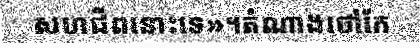
សហជីពនោះទេ»។តំណាងថៅកែ